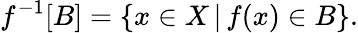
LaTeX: f^{-1}[B]=\{ x\in X\, |\, f(x)\in B\} .